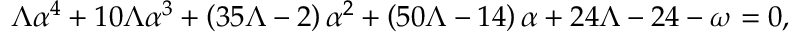
\Lambda \alpha ^ { 4 } + 1 0 \Lambda \alpha ^ { 3 } + \left( 3 5 \Lambda - 2 \right) \alpha ^ { 2 } + \left( 5 0 \Lambda - 1 4 \right) \alpha + 2 4 \Lambda - 2 4 - \omega = 0 ,